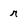
Character: r